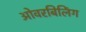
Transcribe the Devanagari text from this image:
ओवरबिलिंग